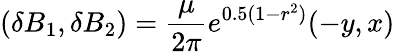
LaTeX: (\delta B_{1},\delta B_{2})=\frac{\mu}{2\pi}e^{0.5(1-r^{2})}(-y,x)